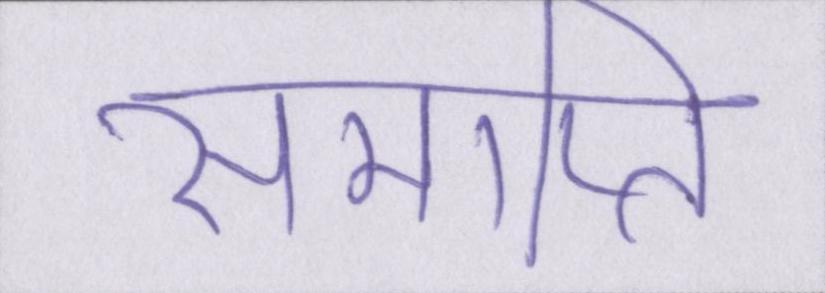
समाप्ति